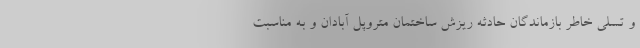
و تسلی خاطر بازماندگان حادثه ریزش ساختمان متروپل آبادان و به مناسبت